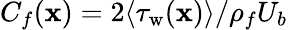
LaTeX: C_{f}(\mathbf{x})={2\langle\tau_{\mathrm{{w}}}(\mathbf{x})\rangle}/{\rho_{f}U_{b}}